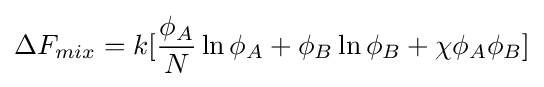
\Delta F_{mix}=k[{\frac {\phi _{A}}{N}}\ln \phi _{A}+\phi _{B}\ln \phi _{B}+\chi \phi _{A}\phi _{B}]